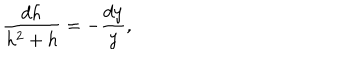
\frac { d h } { h ^ { 2 } + h } = - \frac { d y } { y } ,